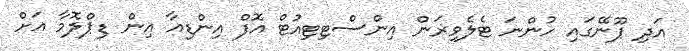
އަދި ޕޫނޭގައި ހުންނަ ޓެލެވިޜަން އިންސްޓިޓިއުޓް އޮފް އިންޑިއާ އިން ޑިޕްލޮމާ އަށް